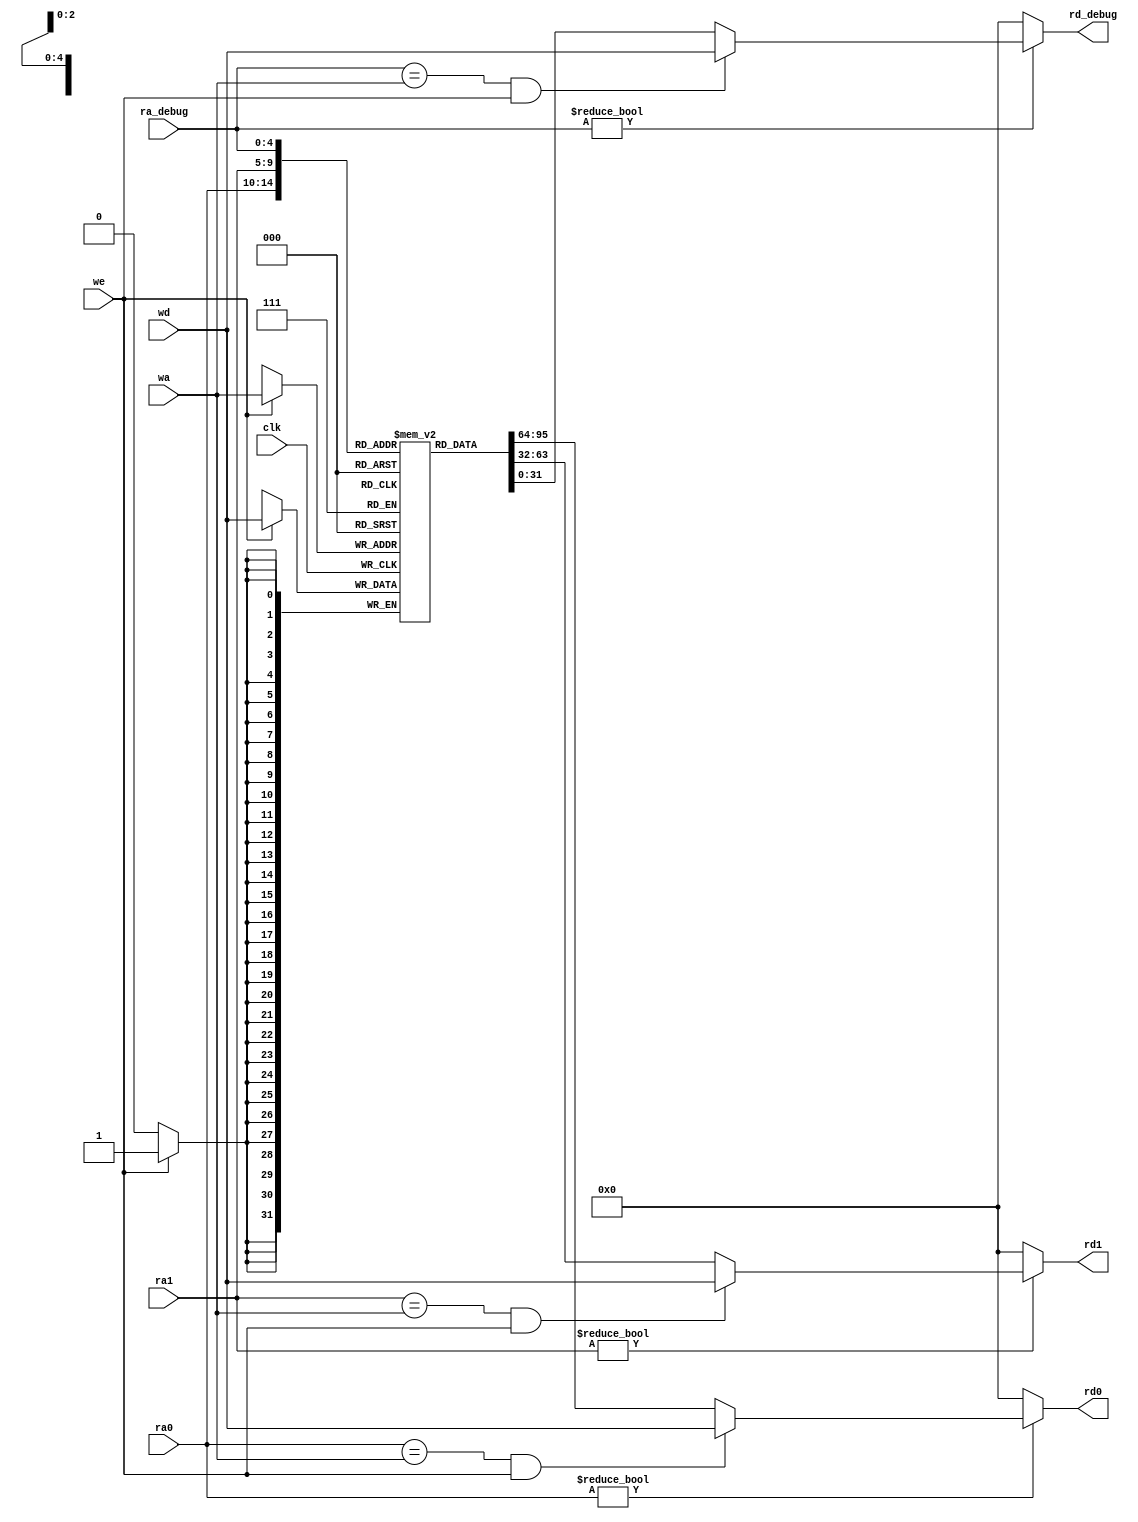
module register_file #(
        parameter AW = 5,
        parameter DW = 32)
    (input  clk,
     input [AW-1: 0] ra0,
     input [AW-1: 0] ra1,
     input [AW-1: 0] ra_debug,
     output [DW-1:0] rd0,
     output [DW-1:0] rd1,
     output [DW-1:0] rd_debug,
     input [AW-1: 0] wa,
     input [DW-1: 0] wd,
     input we);

    reg [DW-1: 0] rf[0: (1<<AW)-1];
    // 
    assign rd0 = (ra0 != 0) ? (((ra0 == wa) && we)? wd : rf[ra0]): 0;
    assign rd1 = (ra1 != 0) ? (((ra1 == wa) && we)? wd : rf[ra1]): 0;
    assign rd_debug = (ra_debug != 0)? (((ra_debug == wa) && we)? wd : rf[ra_debug]) : 0;

    always @(posedge clk)
        if (we)
            rf[wa] <= wd;
endmodule